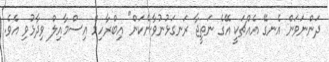
ދަންނަވަން އެނގޭ އެއްޗަކީ އޭގެ ނަތީޖާ ރަނގަޅުނުވާނެކަން" އިބްރާހިމް އިސްމާއިލް ވިދާޅުވި އެވެ.